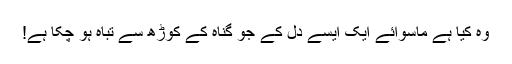
وہ کیا ہے ماسوائے ایک ایسے دِل کے جو گناہ کے کوڑھ سے تباہ ہو چکا ہے!